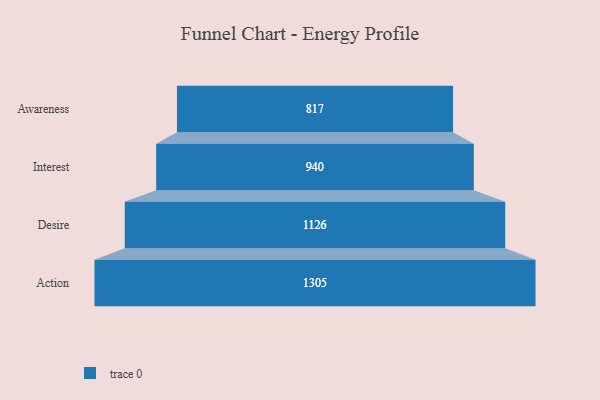
{"axis": {"x": "Stage", "y": "Value"}, "legend": [""], "data": [{"x": "Awareness", "y": 817.0, "type": ""}, {"x": "Interest", "y": 940.0, "type": ""}, {"x": "Desire", "y": 1126.0, "type": ""}, {"x": "Action", "y": 1305.0, "type": ""}]}